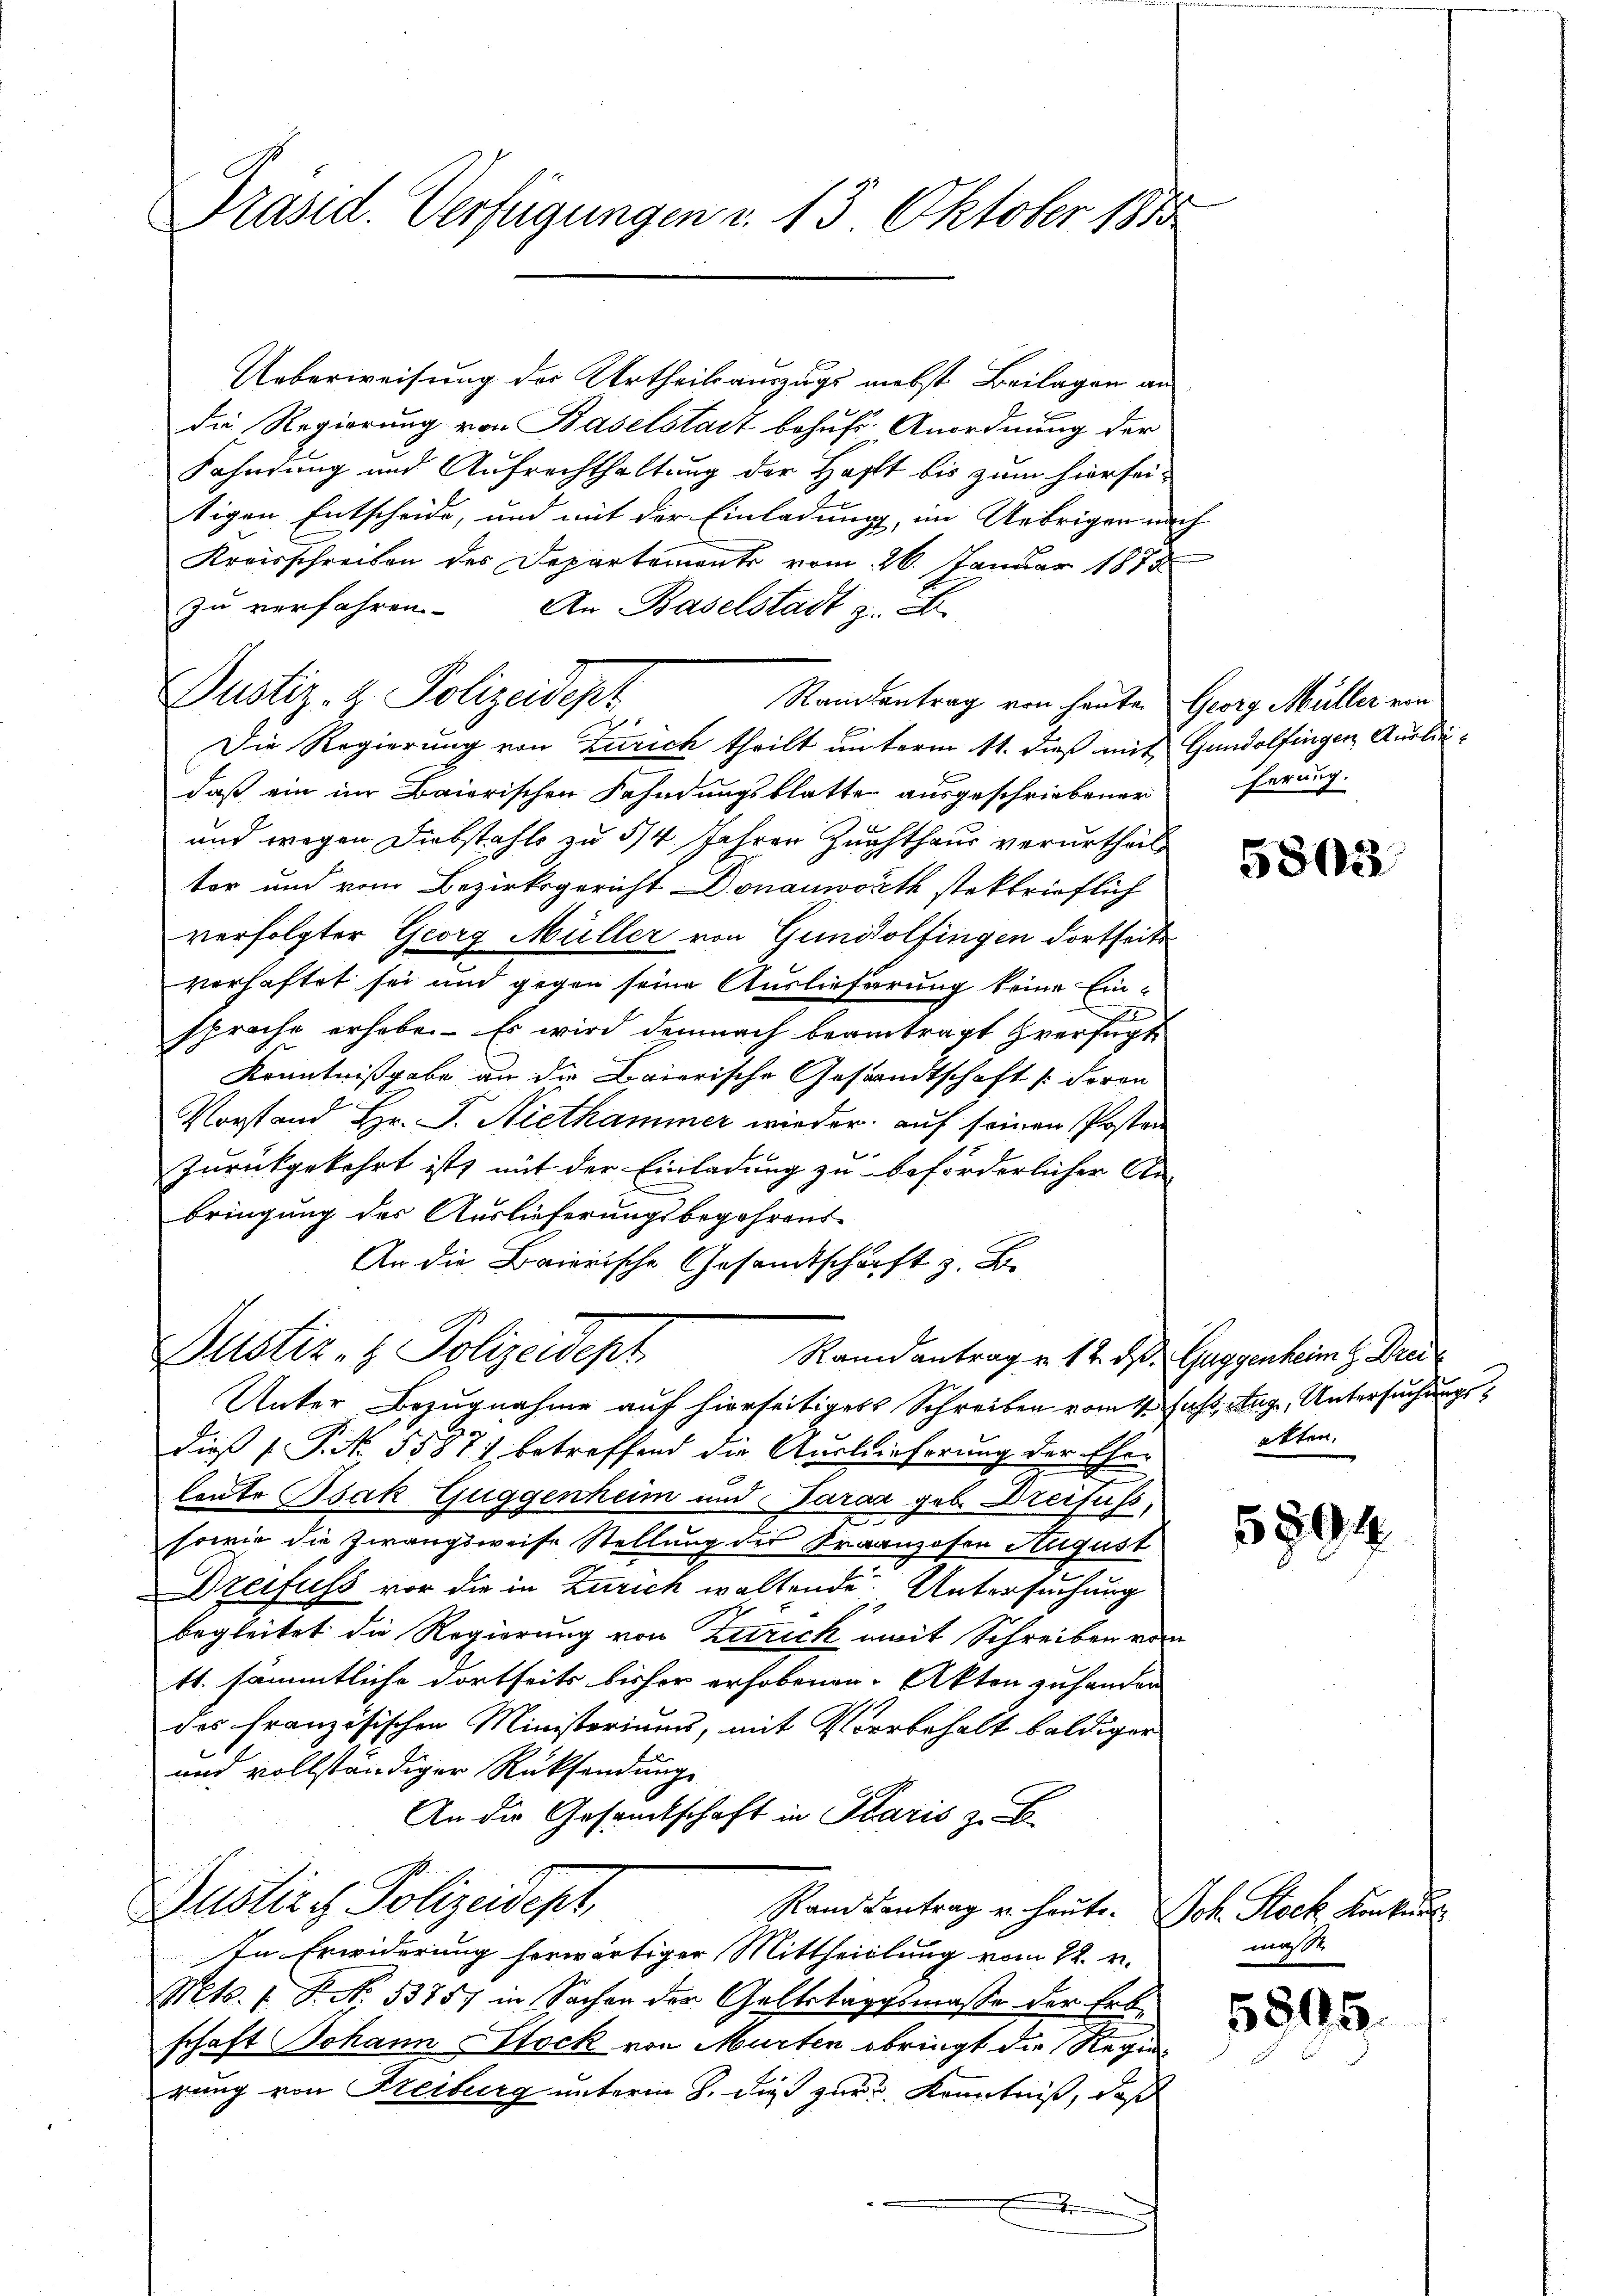
Präsid. Verfügungen d. 15. Oktober 1885

Ueberweisung des Urtheilsauszugs nebst Beilagen an
die Regierung von Baselstadt behufs Anordnung der
Fahndung und Aufrechthaltung der Hofft bis zum hierseitigen Entscheide, und mit der Einladung, im Uebrigen nach
Kreisschreiben des Departement vom 26. Januar 1878
zu verfahren.
An Baselstadt z. B.
Randantrag von heute. Georg Müller von
Die Regierung von Zürich theilt unterm 11. dieß mit Gundolfingen Ausliedaß ein im Baierischen Fahndungsblatte ausgeschriebener
und wegen Diebstahls zu 3/4 Jahren Zuchthaus verurtheil
tor und vom Bezirksgericht Donauwörth stektrieflich
verfolgter Georg Müller von Gundolfingen dortseits
verhaftet sei und gegen seine Auslieferung keine Einsprache erhoben. Es wird demnach beantragt verfügt
Kenntnißgabe an die Baierische Gestandtschaft (deren
Vorstand Hr. J. Nietkammer wieder auf seinen Posten
zurückgekehrt ist, mit der Einladung zu beförderlicher An-
bringung des Auslieferungsbegehrens-
An die Baierische Gesandtschaft z. B.
Dustiz- & Polizeidept
Randantrag v. 12. ds. Guggenheim z. Freil
Unter Bezugnahme auf hierseitiges Schreiben vom 4. Just 19, Untersuchungsdieß P. Nr. 55871 betreffend die Auslieferung der Ehe-
leute Bsak Guggenheim und Paraa geb. Dreifuss,
sowie die Zwangsweise Stellung der Fraanzosen August
Dreifuss vor die in Zürich waltende Untersuchung
begleitet die Regierung von Zutrick mit Schreiben vom
tt. sämmtliche dortseits bisher erhobenen Akten zu hander
des französischen Ministeriums, mit Vorbehalt baldiger
und vollständiger Rücksendung
An die Gesandtschaft in Paris z. B.
Zustiz & Polizeidept,
Stand Kontrag u. heute. Joh. Rock Konkurs
In Erwiderung herwärtiger Mittheilung vom 22. v.
Mts. 1 S. N. 53757 in Sachen der Geltstagsmasse der Erbschaft Johann Stock von Murten obringt die Regierung von Freiburg unterm 8. dieß zur Kenntniß, daß

Justiz- & Polizeidept

ferung.

5802

akten.

5894

maßt

5805